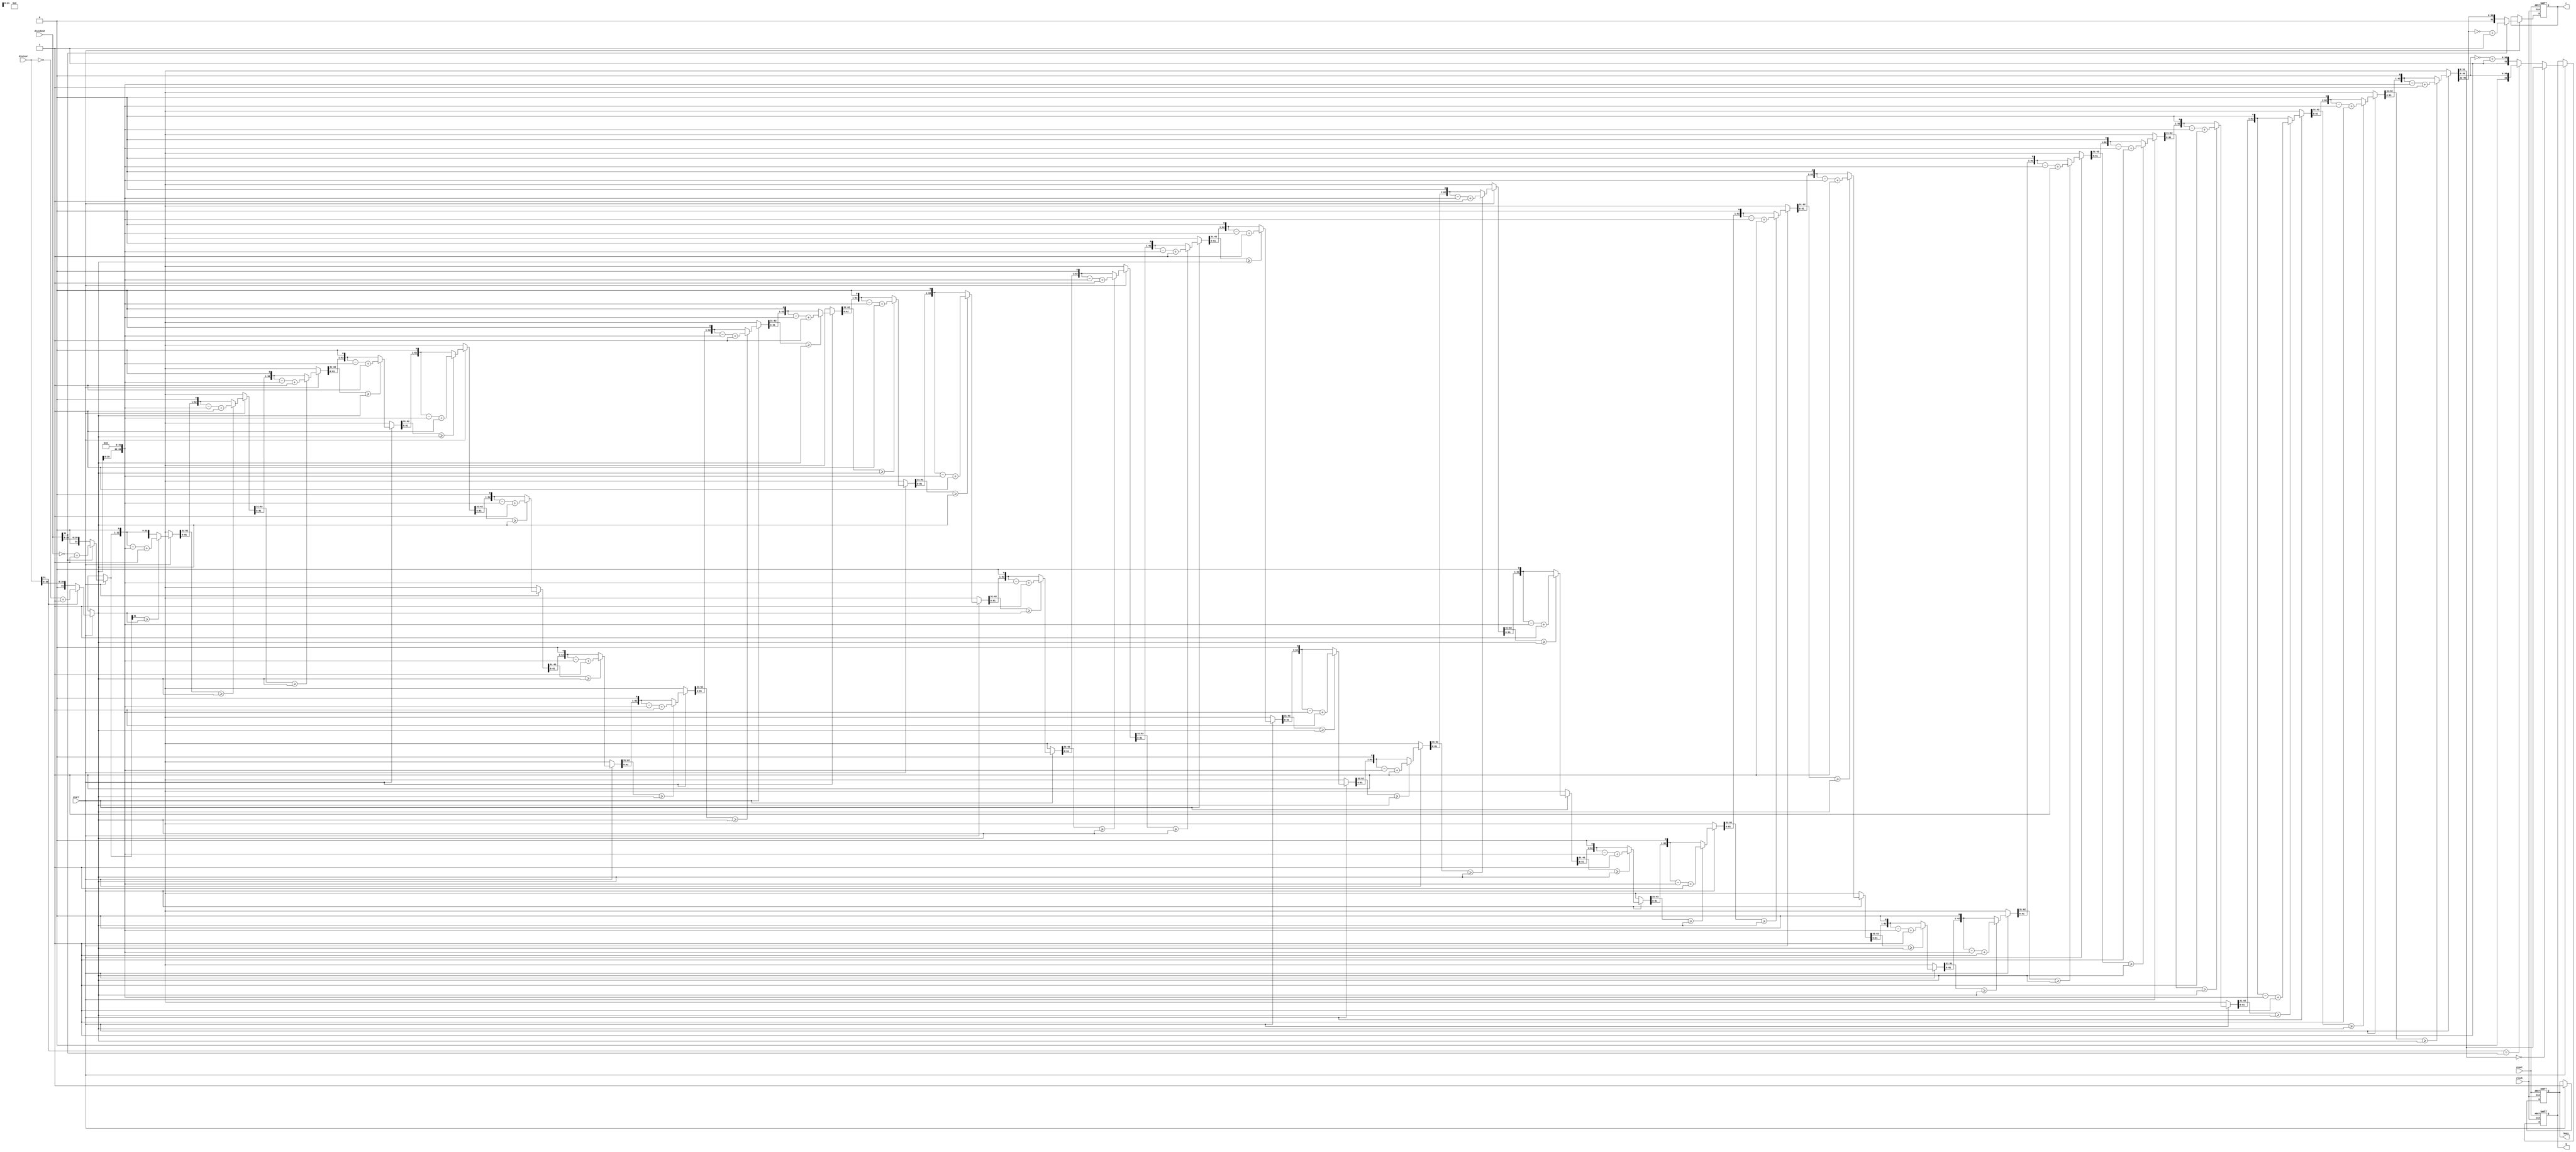
module div(
input [31:0]dividend,        //?????               
input [31:0]divisor,          //????      
input start,                //??????????      
input clock,      
input reset,      
output reg [31:0] q,             //??      
output reg  [31:0] r,             //???         
output reg busy
    );
   reg [31:0] tempa;
   reg [31:0] tempb;
   reg [63:0] temp_a;
   reg [63:0] temp_b;
   integer i;
  always @(posedge clock or posedge reset )
   begin
   if(reset)
   begin
   q=0;
   r=0;
   busy=0;
   end
   else if(start)
   begin
   busy=1;
   if(dividend[31]==0)
   tempa=dividend;//
   else
   tempa=~dividend+1'b1;//
   if(divisor[31]==0)
   tempb=divisor;
   else
   tempb=~divisor+1'b1;//???????????
   temp_a={32'h00000000,tempa};
   temp_b={tempb,32'h00000000};
   for(i=0;i<32;i=i+1)
   begin
   temp_a={temp_a[62:0],1'b0};
   if(temp_a[63:32]>=tempb)
   temp_a=temp_a-temp_b+1'b1;
   else
   temp_a=temp_a;
   end
   if(temp_a[31:0]==0)
   q=temp_a[31:0];
   else
   begin
   if(divisor[31]==dividend[31])
   q={1'b0,temp_a[30:0]};
   else
   q={1'b1,~temp_a[30:0]+1'b1};
   end
   if(dividend[31]==1)
   r={1'b1,~temp_a[62:32]+1};
   else
   r={1'b0,temp_a[62:32]};
   end
   end
  endmodule